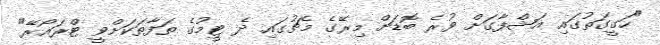
"ހަގީގަތުގައި އަޝްފާގަށް ވުރެ ބޮޑަށް މިރޭގެ މެޗުގައި ދެ ޓީމުގެ ތަފާތަކަށްވީ ޓްރައޯރޭ"